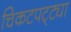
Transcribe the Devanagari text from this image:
चिकटपट्ट्या